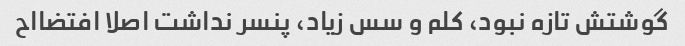
گوشتش تازه نبود، کلم و سس زیاد، پنسر نداشت اصلا افتضااح